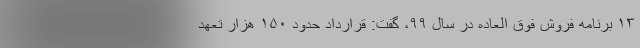
۱۳ برنامه فروش فوق العاده در سال ۹۹، گفت: قرارداد حدود ۱۵۰ هزار تعهد